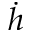
\dot { h }